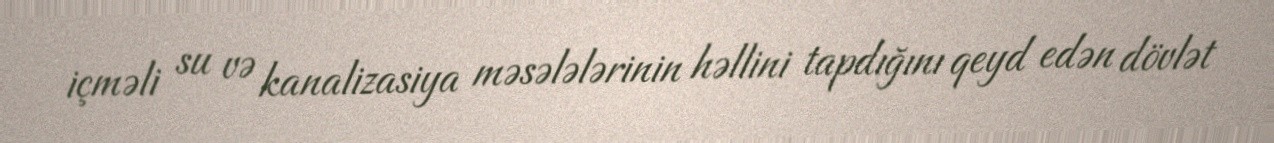
içməli su və kanalizasiya məsələlərinin həllini tapdığını qeyd edən dövlət